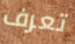
تعرف